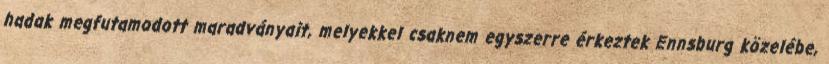
hadak megfutamodott maradványait, melyekkel csaknem egyszerre érkeztek Ennsburg közelébe,